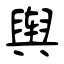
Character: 舆